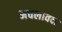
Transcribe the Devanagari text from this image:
अचलावदा